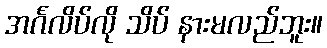
အင်္ဂလိပ်လို သိပ် နားမလည်ဘူး။